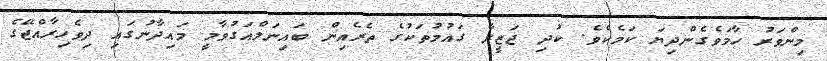
މިންވަރު ހާމަވެގެންދިޔަ ކަމެކެވެ. ކުދި ޖަޒީރާ ގައުމުތަކުގެ ތެރެއިން ބައިނަލްއަގުވާމީ މައިދާނުގައި ދިވެހިރާއްޖޭގެ